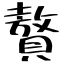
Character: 贅